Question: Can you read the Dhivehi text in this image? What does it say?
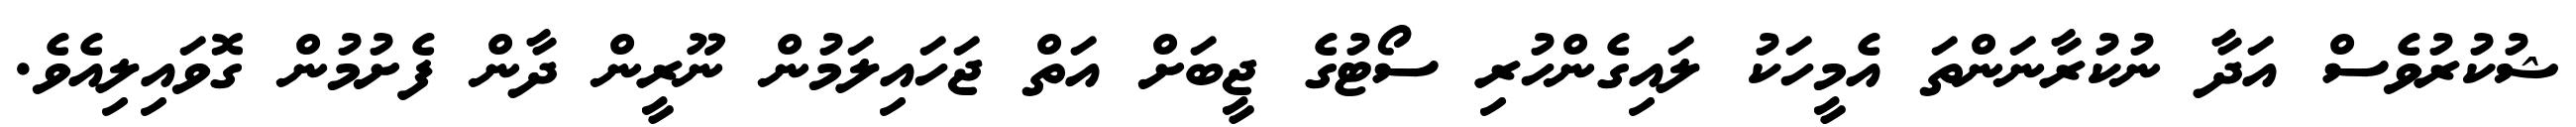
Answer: ޝުކުރުވެސް އަދާ ނުކުރާނަންތަ އެމީހަކު ލައިގެންހުރި ސޯޓުގެ ޖީބަށް އަތް ޖަހައިލަމުން ނޫރީން ދާން ފެށުމުން ގޮވައިލިއެވެ.